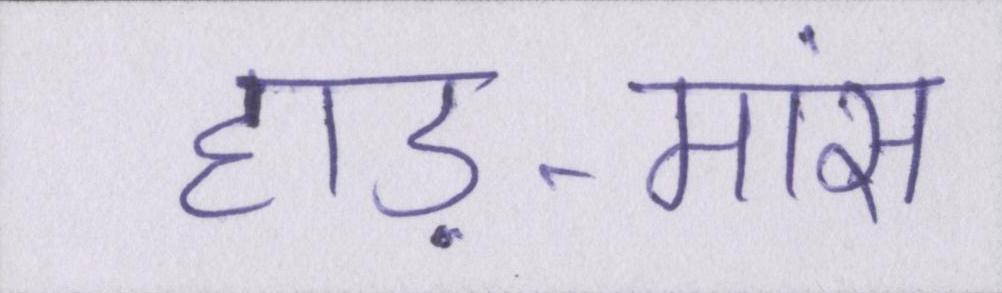
हाड़-मांस